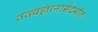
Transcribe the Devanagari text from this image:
तत्त्वज्ञानासंदर्भात